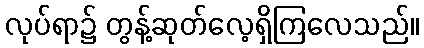
လုပ်ရာ၌ တွန့်ဆုတ်လေ့ရှိကြလေသည်။